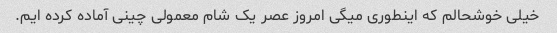
خیلی خوشحالم که اینطوری میگی امروز عصر یک شام معمولی چینی آماده کرده ایم.